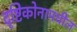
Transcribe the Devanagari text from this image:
दृष्टिकोनामधील